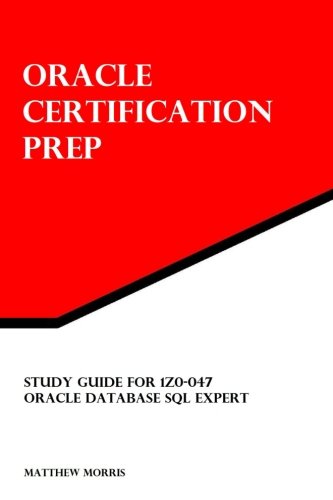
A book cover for Study Guide for 1Z0-047: Oracle Database SQL Expert: Oracle Certification Prep; Matthew Morris; Computers & Technology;